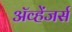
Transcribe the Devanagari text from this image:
ॲव्हेंजर्स